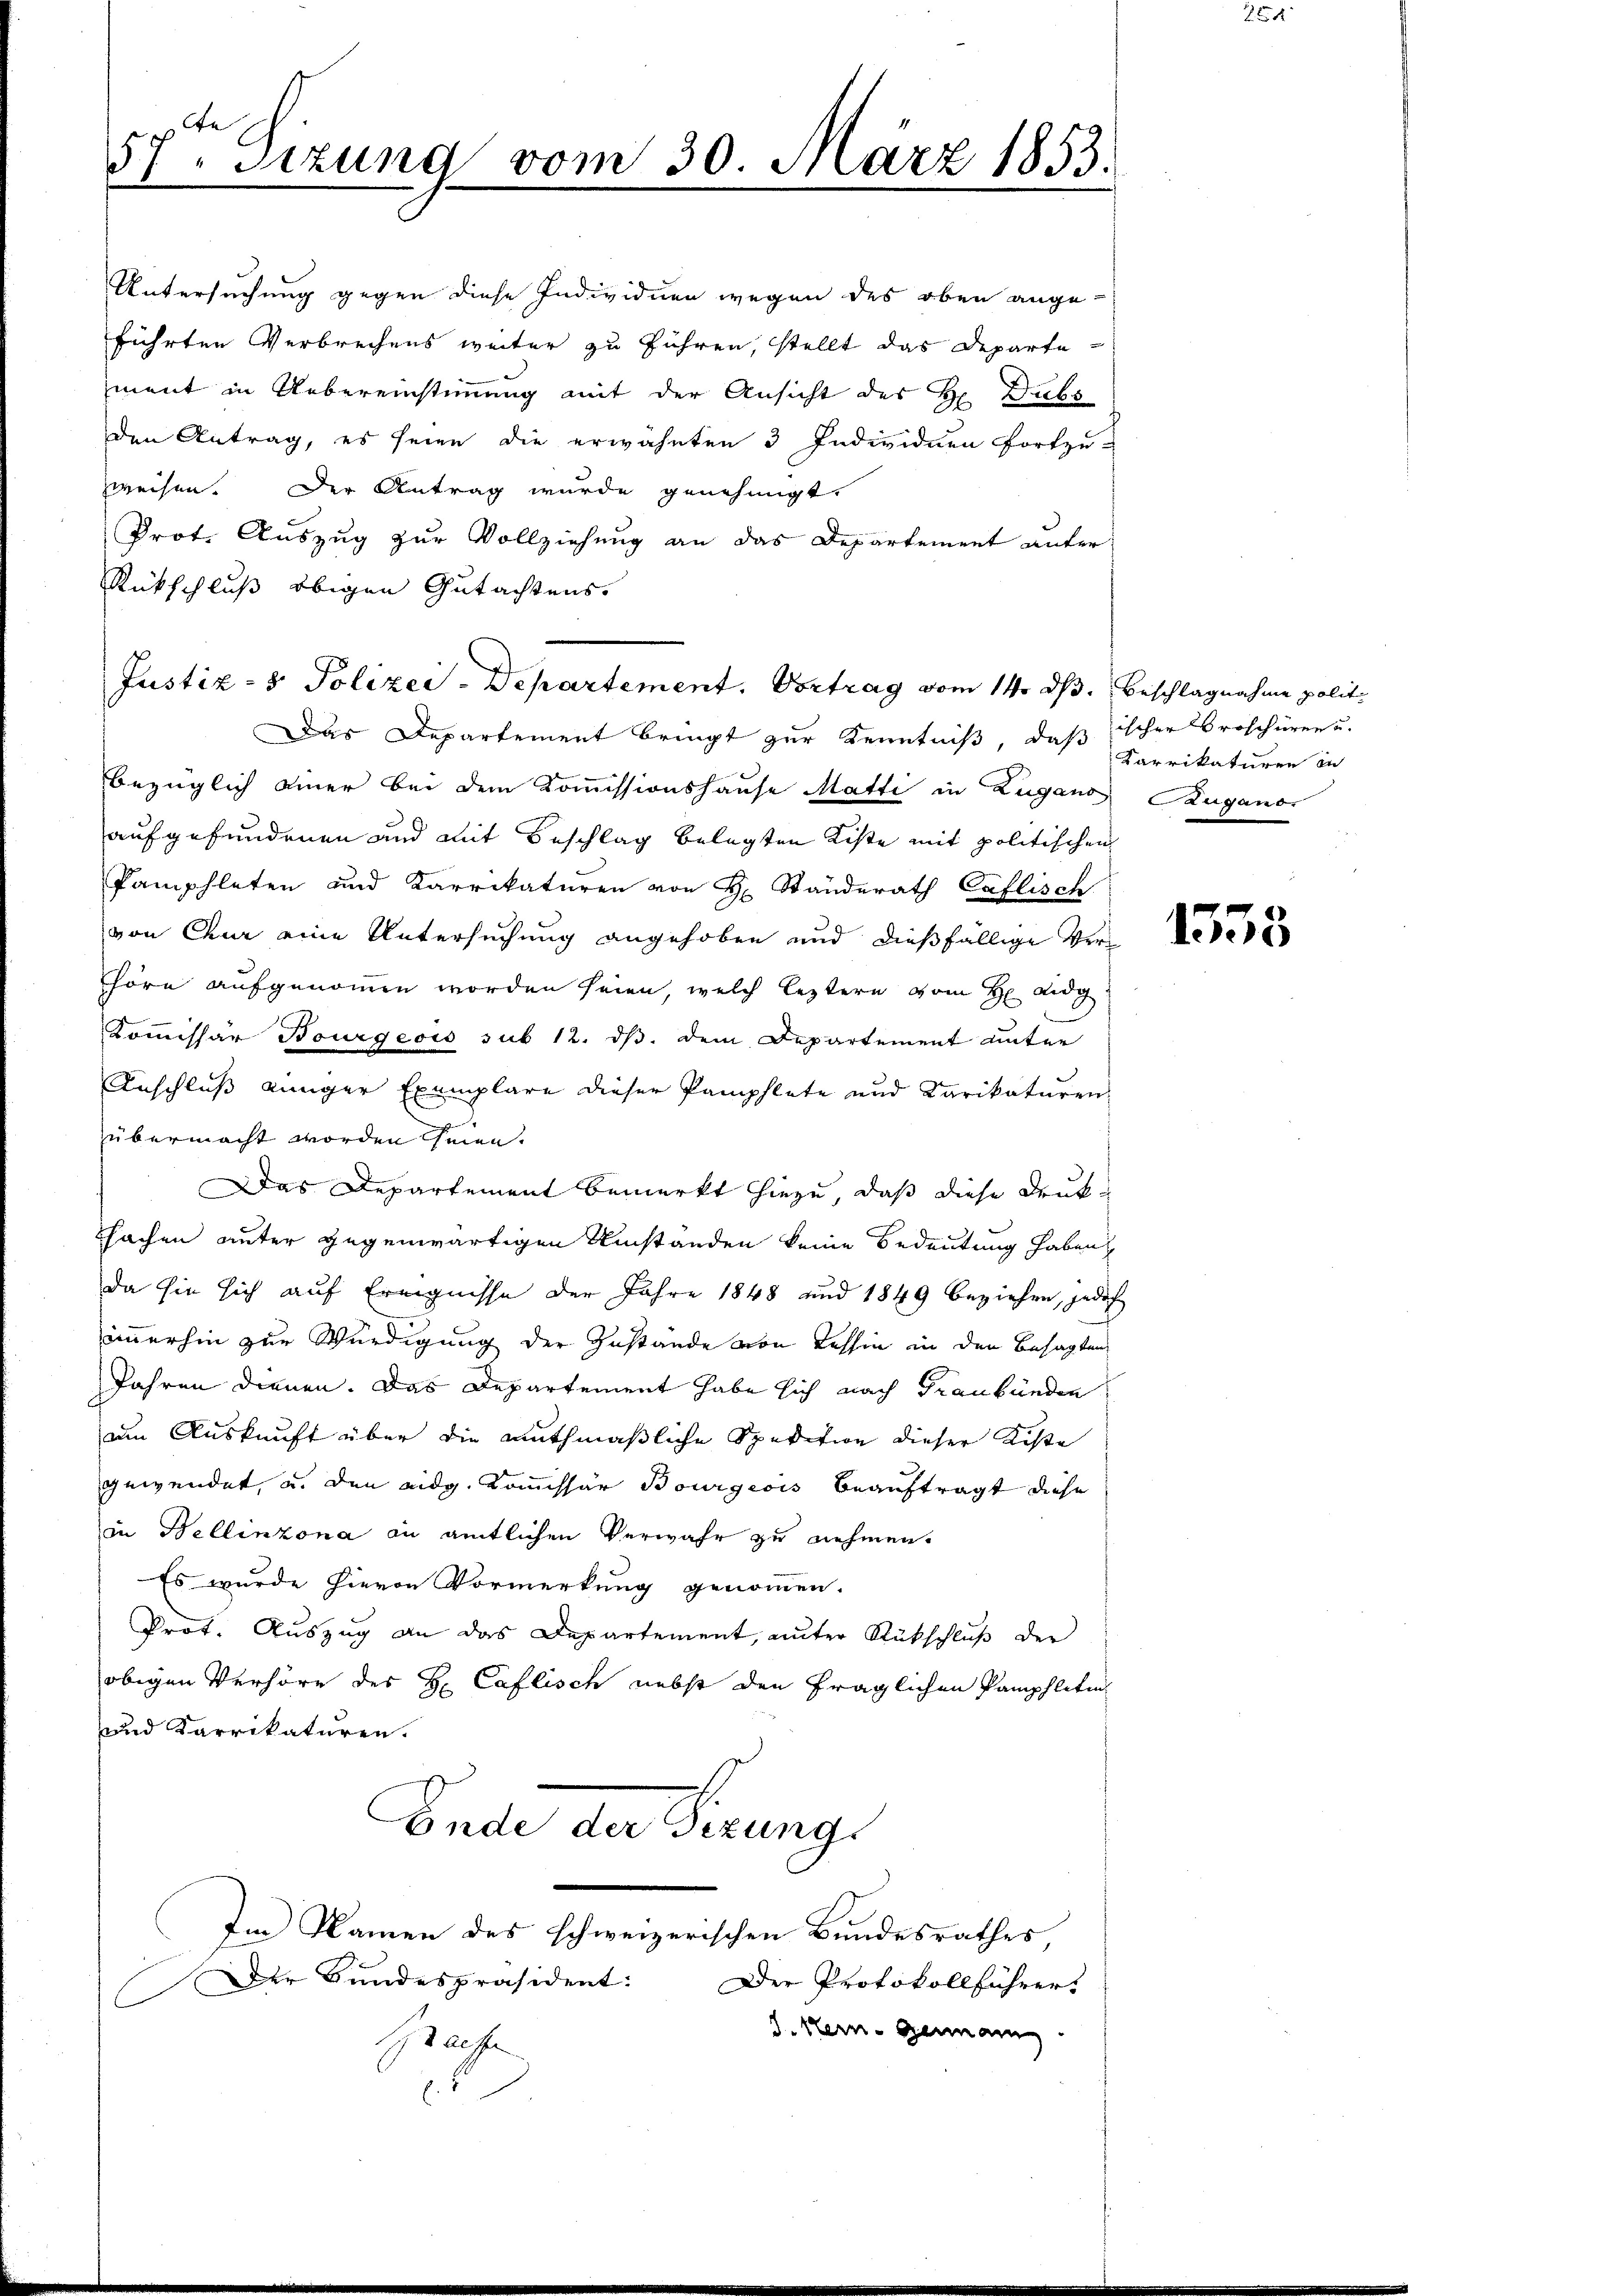
57. Sizung vom 30. März 1853.
d

Untersuchung gegen diese Individuen wegen des oben ange-
führten Verbrechens weiter zu führen, stellt das Departe
ment in Uebereinstimmung mit der Ansicht des H. Dubs
Den Antrag, es seien die erwähnten 3 Individuen fortzu-
zweisen. Der Antrag wurde genehmigt.
Prot. Auszug zur Vollziehung an das Departement unter¬
Rückschluß obigen Gutachtens.
Das Departement bringt zur Kenntniß, das Carrikaturen in
bezüglich einer bei dem Kommissionshause Matti in Zugano Zuganor
aufgefundenen und mit Beschlag belegten Kiste mit politischen
Pamphleten und Karrikaturen von H. Ständerath Caflisch
von Chur eine Untersuchung angehoben und dießfällige Verhöre aufgenommen worden seien, welch leztern vom H Didg
Kommissär Bourgeois sub 12. ds. dem Departement unter
Anschluß einger Exemplare dieser Pamphlete und Karikaturen
u
übermacht worden seien.
Das Departement bemerkt hiezu, daß diese Drukchachen unter gegenwärtigen Umständen keine Bedeutung haben
da sie sich auf Ereignisse der Jahre 1848 und 1849 beziehen, jedoch
immerhin zur Würdigung der Zustände von Tessin in den besagten
Jahren dienen. Das Departement habe sich nach Graubünden
um Auskunft über die muthmaßliche Spedition dieser Kiste
gewendet, u. den eidg. Kommissär Bourgicis beauftragt diese
in Bellinzona an amtlichen Verwahr zu nehmen.
Es wurde hievon Vormerkung genommen.
Prot. Auszug an das Departement, unter Rückschluß der
obigen Verhöre des H: Caflisch nebst den fraglichen Pamphletin
und Karrikaturen.
Ende der Verung
Im Namen des schweizerischen Bundesrathes,
Der Bundespräsident:
Der Protokollführer.
E
J. Kern- Genann
Brachte
E.

Justiz- & Polizei-Departement. Vortrag vom 14. d. Beschlagnahme polit

ischer Proschüren u.

1553